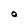
Character: O